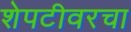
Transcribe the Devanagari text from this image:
शेपटीवरचा